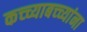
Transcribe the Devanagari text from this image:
कच्च्याबच्च्यांना